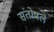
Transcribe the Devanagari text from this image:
संतोषले